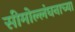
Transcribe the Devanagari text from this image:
सीमोल्लंघनाच्या